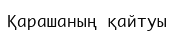
Қарашаның қайтуы